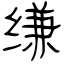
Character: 缣